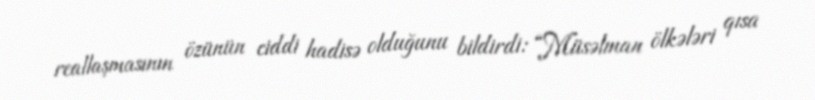
reallaşmasının özünün ciddi hadisə olduğunu bildirdi: “Müsəlman ölkələri qısa